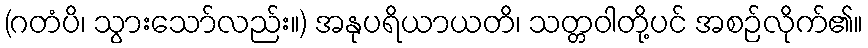
(ဂတံပိ၊ သွားသော်လည်း။) အနုပရိယာယတိ၊ သတ္တဝါတို့ပင် အစဉ်လိုက်၏။